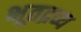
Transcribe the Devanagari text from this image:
भूतद्रव्य